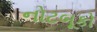
નોટબૂકો